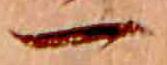
一